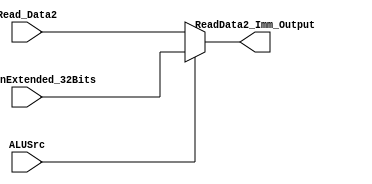
/*

Done By : Ahmad Haroun
Date    : 10/20/2023 

*/ 

module Imm_ReadData2_Mux (ReadData2_Imm_Output, ALUSrc , Read_Data2 , Imm_SignExtended_32Bits) ;

  // Scalers 
  
    input ALUSrc  ; 
  
  // Vectors 
  
   input      [31:0] Read_Data2 , Imm_SignExtended_32Bits ; 
	
	output  [31:0] ReadData2_Imm_Output ;
	
  /***********************************/
  
  // Select either 'Readdata2' from the register file or the sign-extended immediate value as the second input for the ALU.
    // if ALUSrc = 0  --> Output = Read_Data2
	 // if ALUSrc = 1  --> Output = Imm_SignExtended_32Bits 

      assign ReadData2_Imm_Output =   (!ALUSrc) ? Read_Data2 : Imm_SignExtended_32Bits ;  
	
endmodule

`timescale 1ns / 1ps

module Imm_ReadData2_Mux_testbench();

  // Reg for Test Values
  
    reg        ALUSrc                                ;
	 reg [31:0] Read_Data2 , Imm_SignExtended_32Bits  ; 
	 
  // Define the output Wires.
  
    wire [31:0] ReadData2_Imm_Output ; 

  // Device Under Test .

    Imm_ReadData2_Mux DUT (ReadData2_Imm_Output, ALUSrc , Read_Data2 , Imm_SignExtended_32Bits) ;
	 
  /*************************/
  
    initial begin 
	   #20
		ALUSrc = 1'b0;
		
	   Read_Data2              = 32'b0 ;
		Imm_SignExtended_32Bits = 32'b0 ;
		
		#40 
		
	   Read_Data2              = 32'd1 ;
		Imm_SignExtended_32Bits = 32'd2 ;
		
		#40
		
		ALUSrc = 1'b1;
		
		#40 ;
	 
	 end
 
  
endmodule